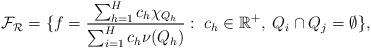
LaTeX: \begin{align*}\mathcal{F}_{\mathcal{R}}&= \{f=\frac{\sum_{h=1}^{H}c_h\chi_{Q_h}}{\sum_{i=1}^{H}c_h\nu(Q_h)}:\; c_h \in \mathbb{R}^+, \; Q_i \cap Q_j=\emptyset\},\end{align*}